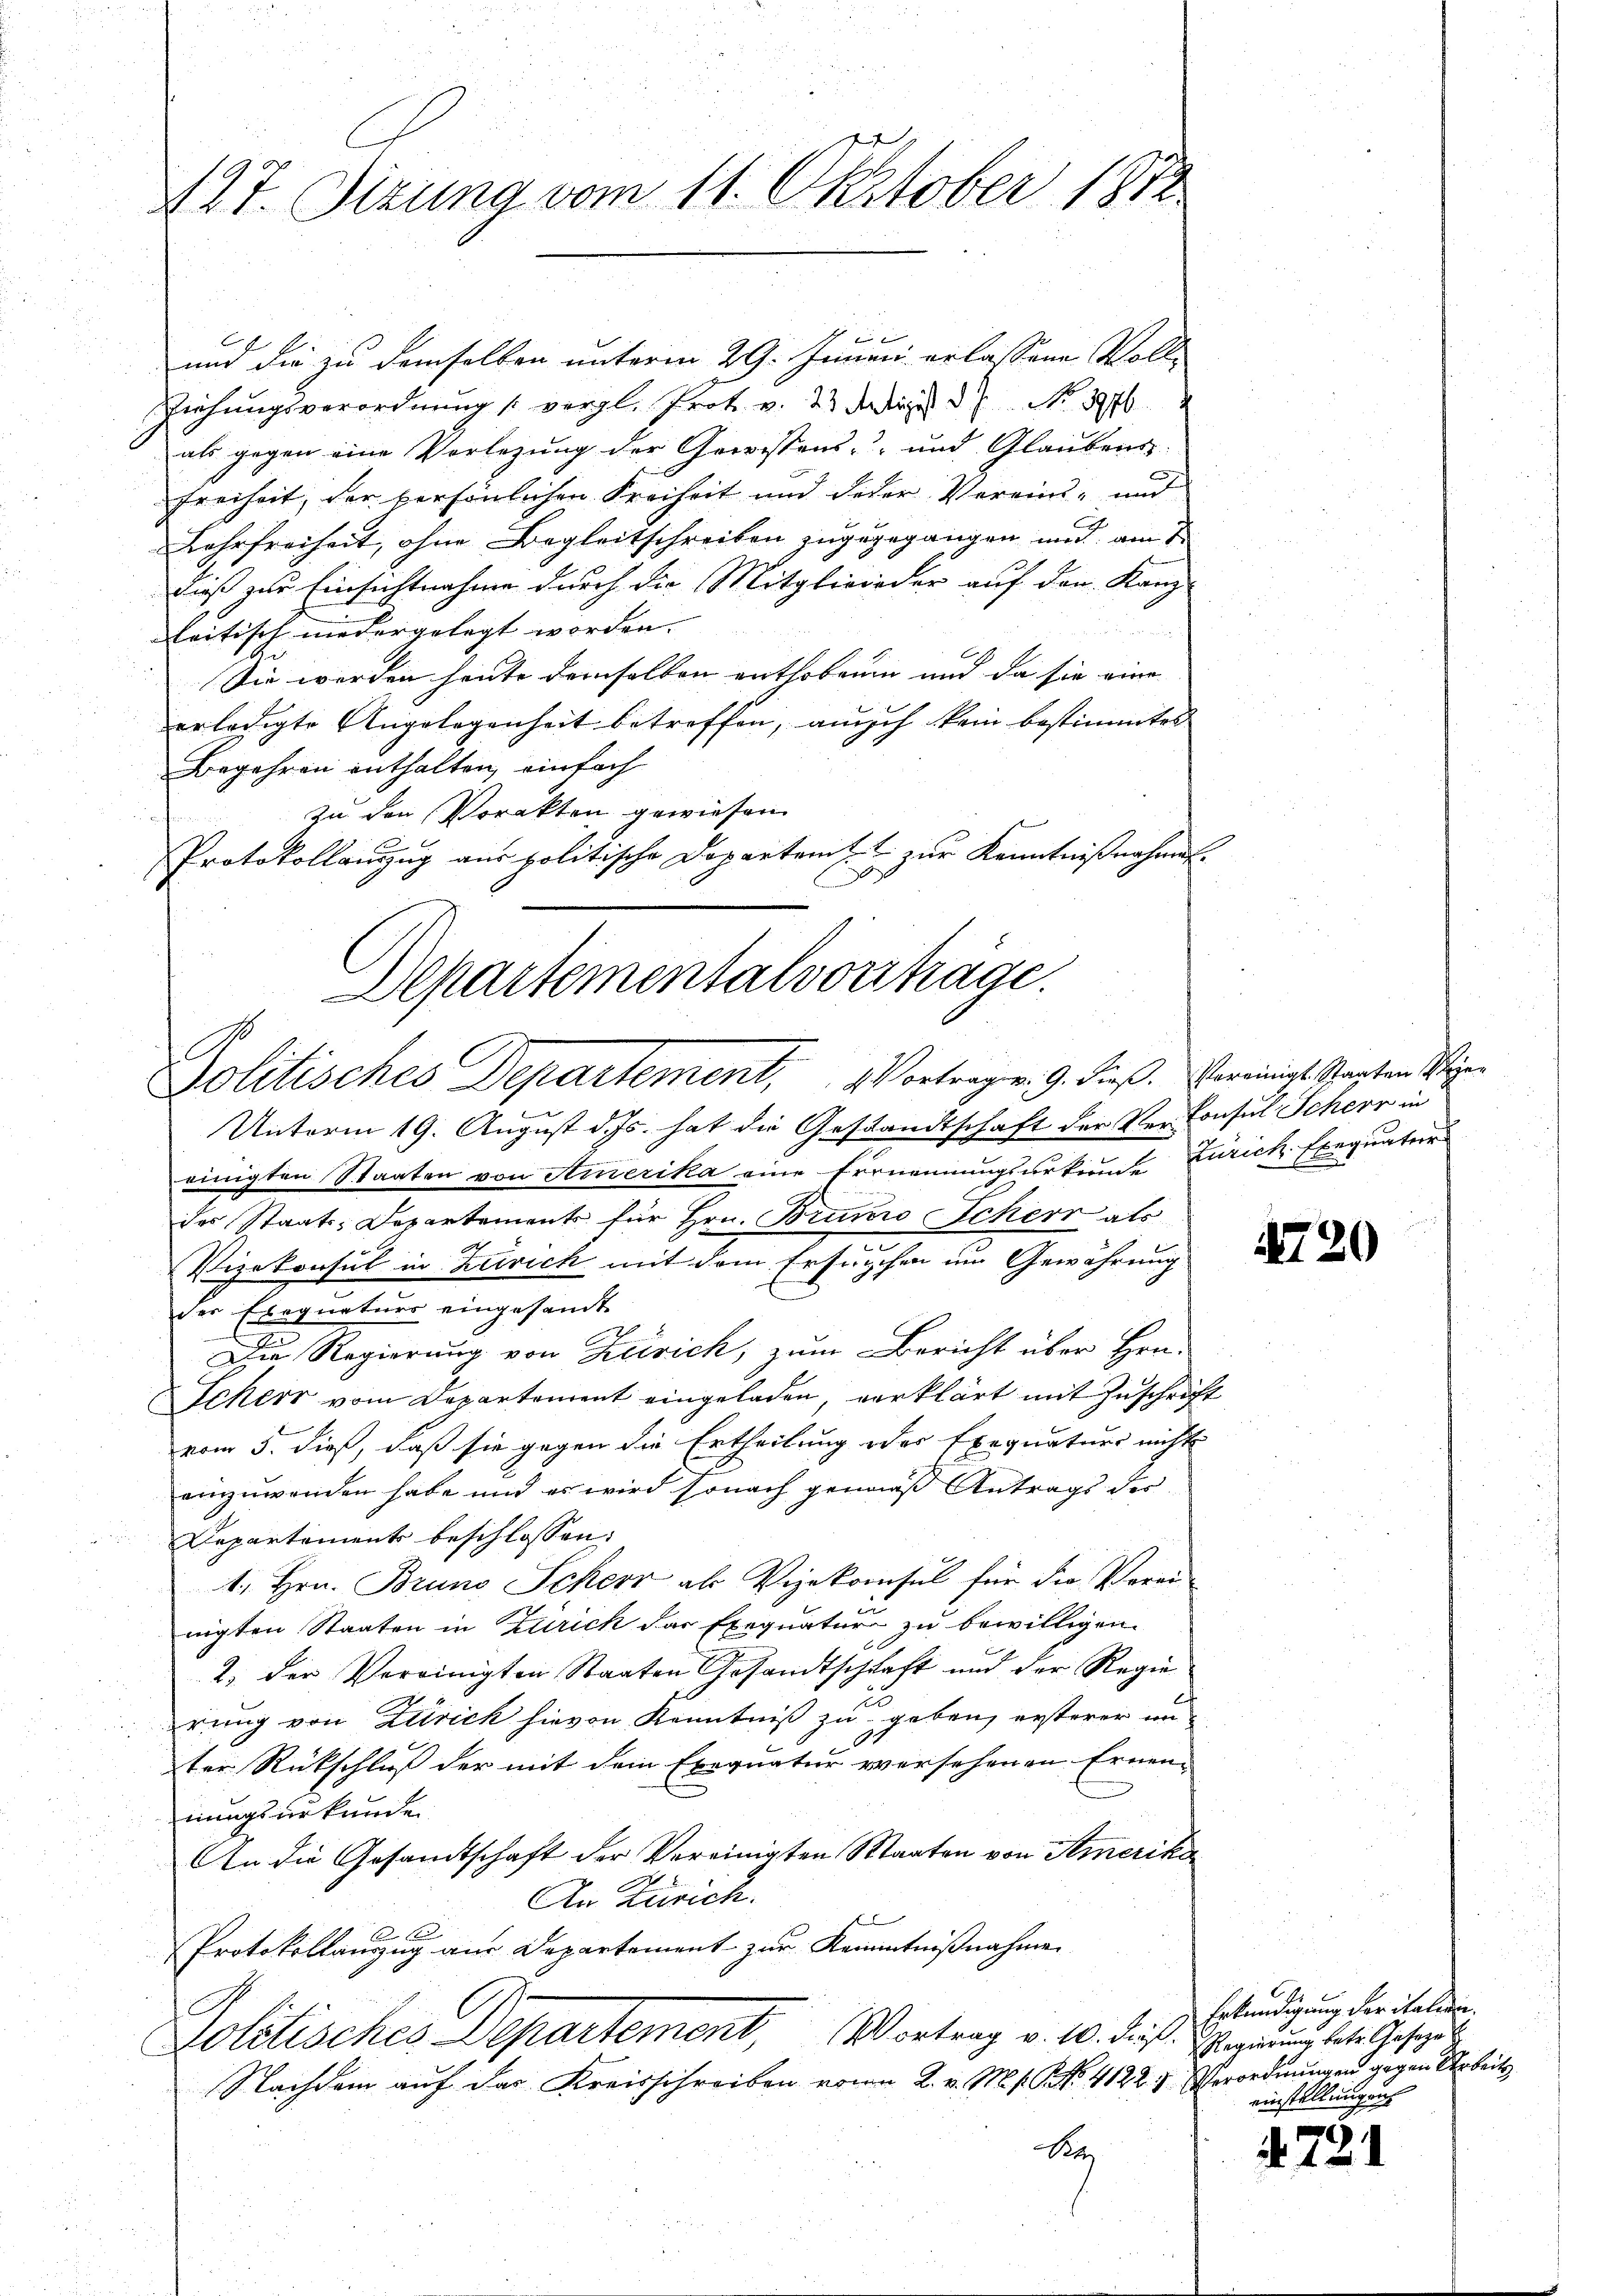
427. Sizung vom 11. Oktober 1852

und die zu demselben unterm 29. Junii erlassene Voll¬
Riehungsverordnung s. vergl. Prot. v. 23 Julii d. 7. No. 1976
als gegen eine Vorlegung der Gewissens- und Glaubens-
Freiheit, der persönlichen Freiheit und Feder Verein- und
Lehrfreiheit, ohne Begleitschreiben zugegegangen und am 1.
dieß zur Einsichtnahme durch die Mitglieieder auf den Kanz-
leitisch niedergelegt worden. |
Sie werden heute derselben enthobenen und da sie eine |
erledigte Angelegenheit betreffen, auch kein bestimmtes
Begehren enthalten, einfach
zu den Vorakten gewiesen.
x
Protokollanzug aus politische Departem zur Kenntnißnahmen.
Departementalvorstrage.

e
Politisches Departement, Vortragen. 9. dieß. Vereinigte Staaten Weigen

Unterm 19. August d. Js. hat die Gestandtschaft der Ver-Consul Scheer in
einigten Staaten von Amerika eine Ernennungsurkunde Zurick Exequater
des Staats-Departements für Hrn. Bruno Scherr als
Vizekonsul in Zürich mit dem Ersuchen im Gewährung
der Exequaturs eingesandt
Die Regierung von Zürich, zum Bericht über Hrn.
Scherr vom Departement eingeladen, verklärt mit Zuschrift
vom 5. dieß, daß sie gegen die Ertheilung oder Exequaturs nichts
einzuwenden habe und es wird sonach gemäß Antrags der
Departement beschlossen:
1. Hrn. Bruno Scheer als Vizekonsul für die Veran-
nigten Staaten in Zürich das Exequatur zu bewilligen.
2) der Vereinigten Staaten Gesandtschaft und der Regie
rung von Zürich hievon Kenntniß zu geben, ersterer un
ter Rückschluß der mit dem Exequatur versehenen Ernen-
nungsurkunde
An die Gesamtschaft der Vereinigten Marten von Amerika
An Zürich.

Protokollanzug aus Departement zur Kenntnißnahmen
Politisches Departement, Vortrag v. 10. dieß. Regierung betr. Gesezes
Nachdem auf das Kreisschreiben von 2. v. M. s. S. Nr. 4122. 3. Verordnungen gegen Arbeits
Ba

1720

Erkündigung der italien
einstellungen